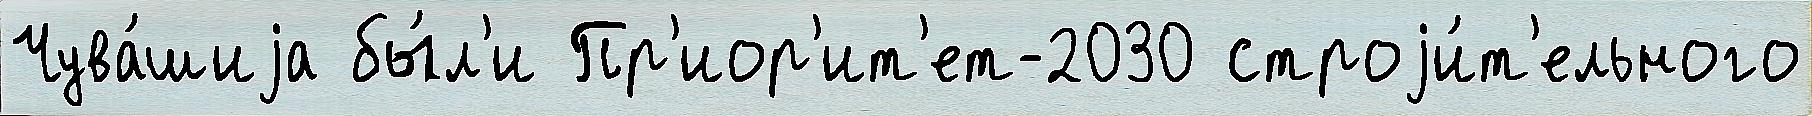
Чува́шиjа бы́л'и Пр'иор'ит'ет-2030 строjи́т'ельного